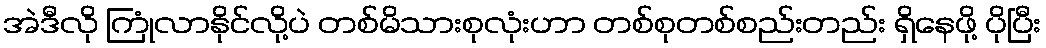
အဲဒီလို ကြုံလာနိုင်လို့ပဲ တစ်မိသားစုလုံးဟာ တစ်စုတစ်စည်းတည်း ရှိနေဖို့ ပိုပြီး